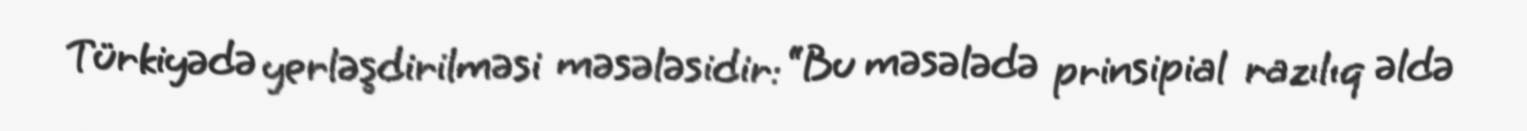
Türkiyədə yerləşdirilməsi məsələsidir: “Bu məsələdə prinsipial razılıq əldə